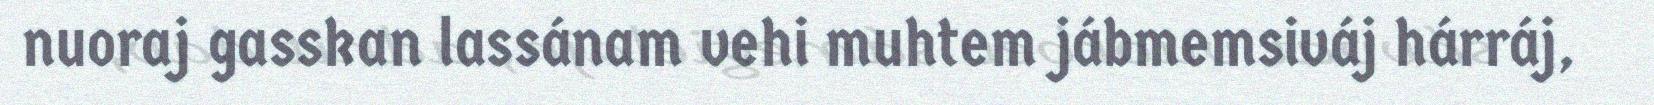
nuoraj gasskan lassánam vehi muhtem jábmemsiváj hárráj,